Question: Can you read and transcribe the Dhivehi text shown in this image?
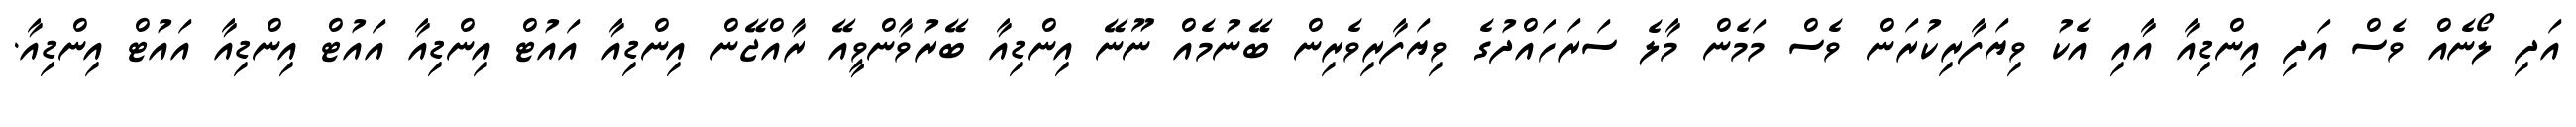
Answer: އަދި ލޯނެއް ވެސް އަދި އިންޑިއާ އާއި އެކު ވިޔަފާރިކުރަން ވެސް މަމެން މާލެ ސަރަހައްދުގެ ވިޔަފާރިވެރިން ބޭނުމެއް ނޫނޭ އިންޑިއާ ބޭރުވާންވީއޭ ރާއްޖޭން އިންޑިއާ އައުޓް އިންޑިއާ އައުޓް އިންޑިއާ އައުޓް އިންޑިއާ.